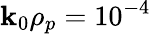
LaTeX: \mathbf{k}_{0}\rho_{p}=10^{-4}